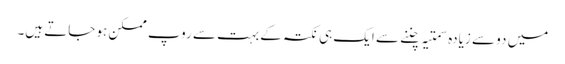
میں دو سے زیادہ سمتیہ چننے سے ایک ہی نکتہ کے بہت سے روپ ممکن ہو جاتے ہیں۔